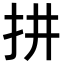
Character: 𢪝